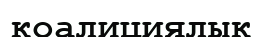
коалициялык